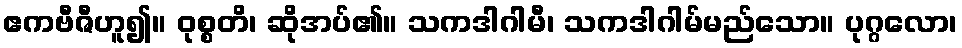
ဧကဗီဇီဟူ၍။ ဝုစ္စတိ၊ ဆိုအပ်၏။ သကဒါဂါမီ၊ သကဒါဂါမ်မည်သော။ ပုဂ္ဂလော၊